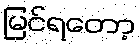
မြင်ရတော့